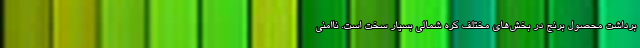
برداشت محصول برنج در بخش‌های مختلف کره شمالی بسیار سخت است. ناامنی